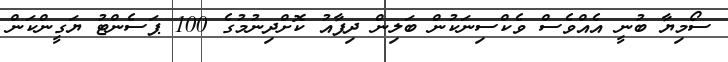
ސޯމިޔާ ބުނީ އެއްވެސް ވެކްސިނަކުން ބަލިން ދިފާއު ކޮށްދިނުމުގެ 100 ޕަސެންޓު ޔަގީންކަން